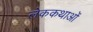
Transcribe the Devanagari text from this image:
लेककथाओं